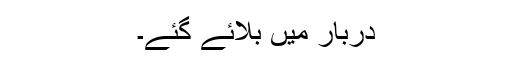
دربار میں بلائے گئے۔